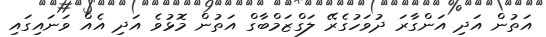
އަތުން އަދި އަންގާރަ ދުވަހުގެރޭ ލަގްޒަމްބާގް އަތުން މޮޅުވެ އަދި އެއް ވަނައިގައި